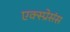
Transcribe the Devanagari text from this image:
एक्स्प्रेसंस